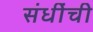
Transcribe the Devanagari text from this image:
संधींची